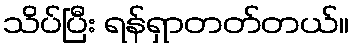
သိပ်ပြီး ရန်ရှာတတ်တယ်။